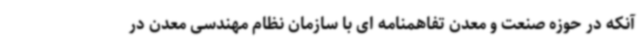
آنکه در حوزه صنعت و معدن تفاهمنامه ای با سازمان نظام مهندسی معدن در